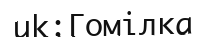
uk:Гомілка